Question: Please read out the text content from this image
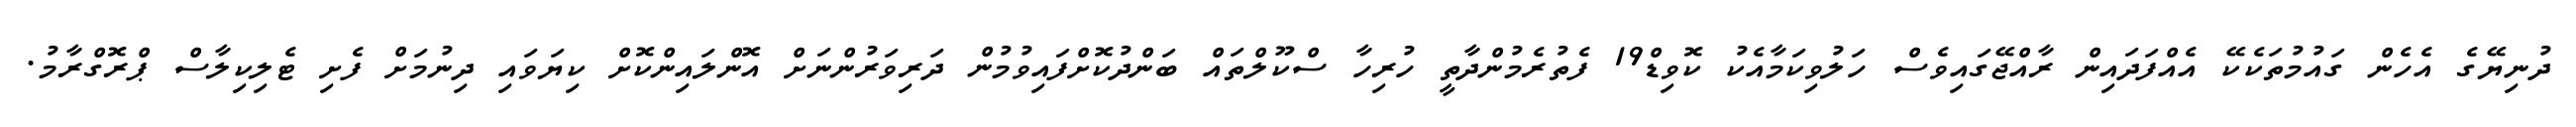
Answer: ދުނިޔޭގެ އެހެން ގައުމުތަކެކޭ އެއްފަދައިން ރާއްޖޭގައިވެސް ހަލުވިކަމާއެކު ކޮވިޑް19 ފެތުރެމުންދާތީ ހުރިހާ ސްކޫލްތައް ބަންދުކޮށްފައިވުމުން ދަރިވަރުންނަށް އޮންލައިންކޮށް ކިޔަވައި ދިނުމަށް ފެށި ޓެލިކިލާސް ޕްރޮގްރާމު.